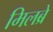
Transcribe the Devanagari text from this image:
मिलब्रे